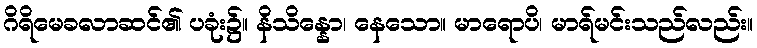
ဂိရိမေခလာဆင်၏ ပခုံး၌။ နိသိန္နော၊ နေသော။ မာရောပိ၊ မာရ်မင်းသည်လည်း။